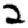
Digit: 2